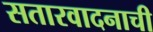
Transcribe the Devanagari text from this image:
सतारवादनाची